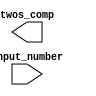
module twos_complement (
    input [N:0] input_number,
    output reg [N:0] twos_comp
);
    parameter  N=7;
    assign twos_complement = ~input_number + 1'b1;

endmodule